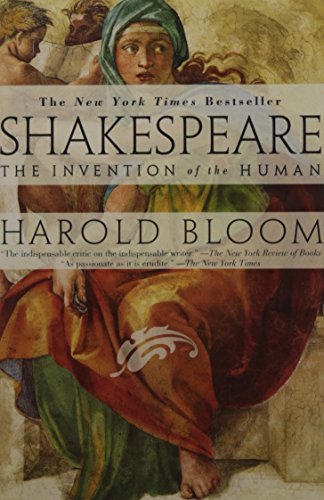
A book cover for Shakespeare: The Invention of the Human; Harold Bloom; Literature & Fiction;